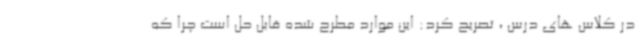
در کلاس های درس ، تصریح کرد: این موارد مطرح شده قابل حل است چرا که